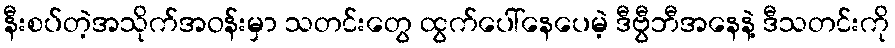
နီးစပ်တဲ့အသိုက်အဝန်းမှာ သတင်းတွေ ထွက်ပေါ်နေပေမဲ့ ဒီဗွီဘီအနေနဲ့ ဒီသတင်းကို